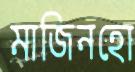
মাজিনহো